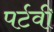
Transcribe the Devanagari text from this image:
पर्टवी